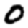
Digit: 0